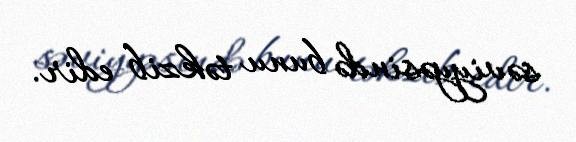
səviyyəsində bunu təkzib edir.